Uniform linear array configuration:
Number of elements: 12
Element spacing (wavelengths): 0.75
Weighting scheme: blackman
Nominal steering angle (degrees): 30
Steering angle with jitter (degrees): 28.499
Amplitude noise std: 0.05
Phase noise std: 0.05

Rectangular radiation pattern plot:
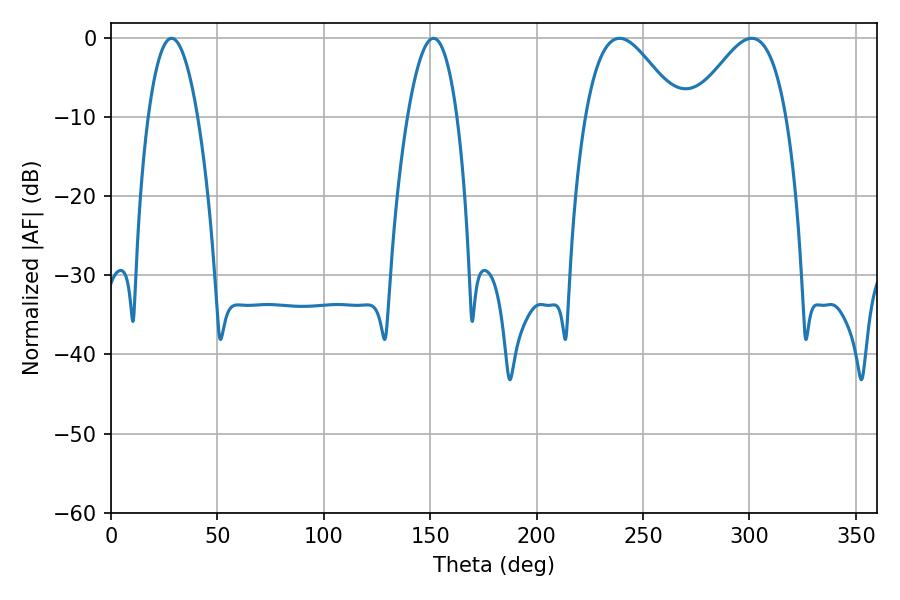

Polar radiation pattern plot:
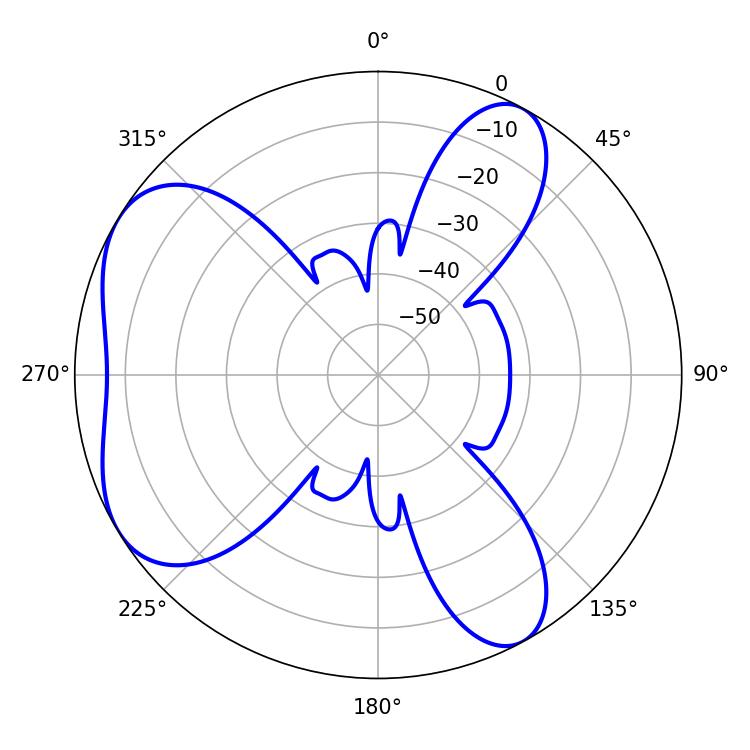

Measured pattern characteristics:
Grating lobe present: TRUE
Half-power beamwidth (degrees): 12.78
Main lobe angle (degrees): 28.44